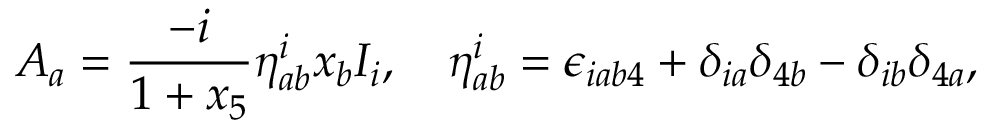
A _ { a } = \frac { - i } { 1 + x _ { 5 } } \eta _ { a b } ^ { i } x _ { b } I _ { i } , \quad \eta _ { a b } ^ { i } = \epsilon _ { i a b 4 } + \delta _ { i a } \delta _ { 4 b } - \delta _ { i b } \delta _ { 4 a } ,